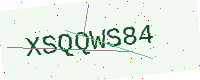
Text: XSQQWS84